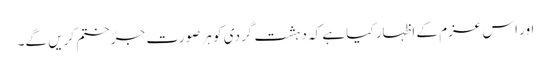
اور اس عزم کے اظہار کیا ہے کہ دہشت گردی کو ہر صورت جڑ ختم کریں گے۔